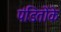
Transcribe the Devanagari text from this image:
पंडितोंके